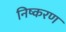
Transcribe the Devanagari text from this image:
निष्करण